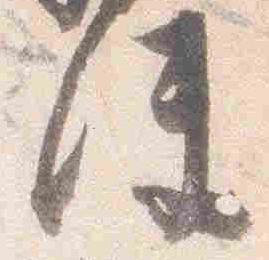
使